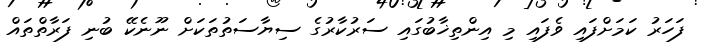
ފަހަރު ކަމަށްފައި ވެފައި މި އިންތިޚާބުގައި ސަރުކާރުގެ ސިޔާސަތުތަކަށް ނޫނެކޭ ބުނި ފަރާތްތައް